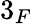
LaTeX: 3_{F}